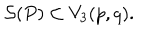
{ \cal S } ( P ) \subset V _ { 3 } ( p , q ) .